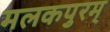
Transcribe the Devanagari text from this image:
मलकपुरम्‌